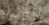
للمسرح